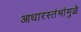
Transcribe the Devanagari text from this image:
आधारस्तंभांमुळे